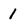
Character: 1